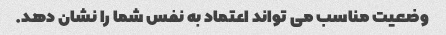
وضعیت مناسب می تواند اعتماد به نفس شما را نشان دهد.